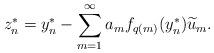
LaTeX: \begin{align*} z_n^* = y_n^* - \sum_{m=1}^\infty a_m f_{q(m)} (y_n^*) \widetilde{u}_m. \end{align*}